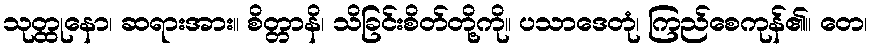
သုတ္ထုနော၊ ဆရားအား။ စိတ္တာနိ၊ သိခြင်းစိတ်တို့ကို။ ပသာဒေတုံ၊ ကြည်စေကုန်၏။ တေ၊